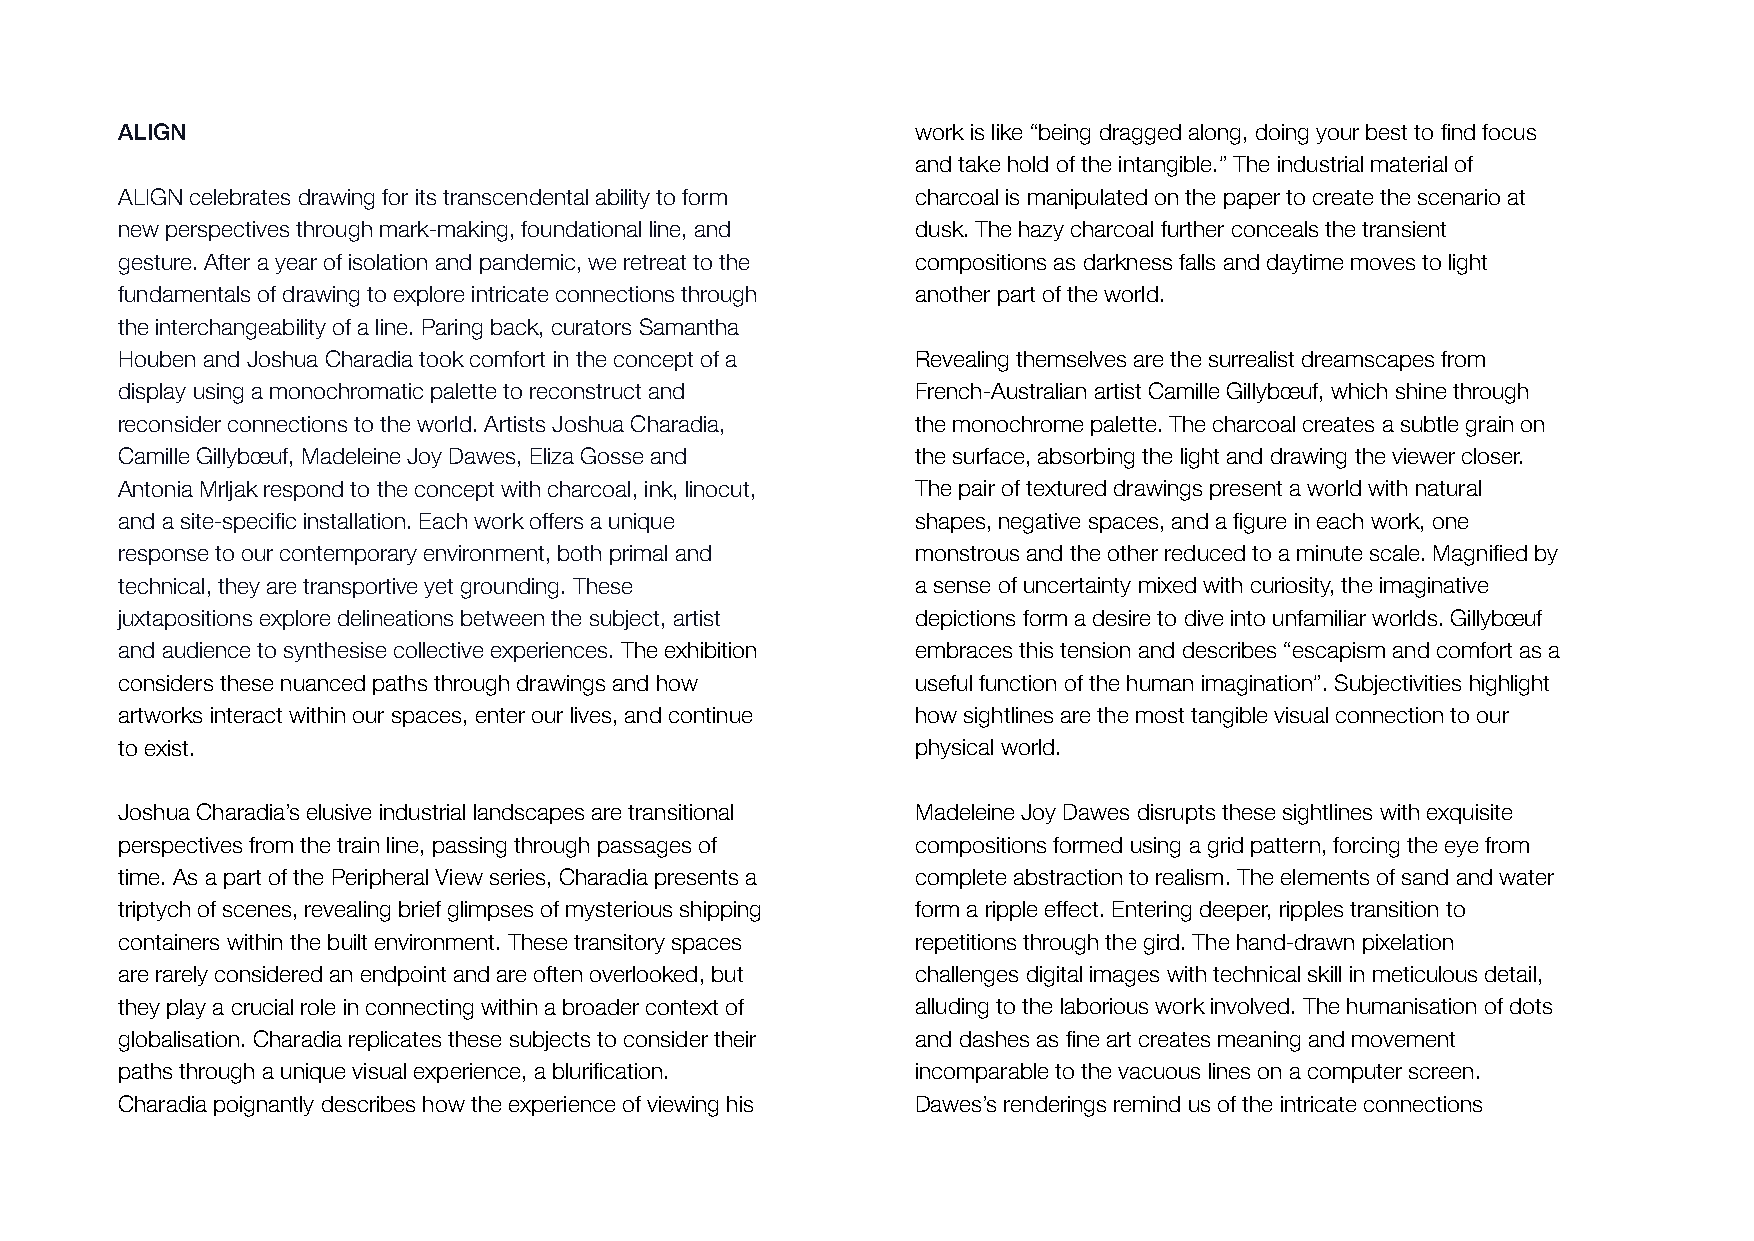
ALIGN                                                work is like “being dragged along, doing your best to find focus
 and take hold of the intangible.” The industrial material of
 ALIGN celebrates drawing for its transcendental ability to form charcoal is manipulated on the paper to create the scenario at
 new perspectives through mark-making, foundational line, and dusk. The hazy charcoal further conceals the transient
 gesture. After a year of isolation and pandemic, we retreat to the compositions as darkness falls and daytime moves to light
 fundamentals of drawing to explore intricate connections through another part of the world.
 the interchangeability of a line. Paring back, curators Samantha
 Houben and Joshua Charadia took comfort in the concept of a Revealing themselves are the surrealist dreamscapes from
 display using a monochromatic palette to reconstruct and French-Australian artist Camille Gillybœuf, which shine through
 reconsider connections to the world. Artists Joshua Charadia, the monochrome palette. The charcoal creates a subtle grain on
 Camille Gillybœuf, Madeleine Joy Dawes, Eliza Gosse and the surface, absorbing the light and drawing the viewer closer.
 Antonia Mrljak respond to the concept with charcoal, ink, linocut, The pair of textured drawings present a world with natural
 and a site-specific installation. Each work offers a unique shapes, negative spaces, and a figure in each work, one
 response to our contemporary environment, both primal and monstrous and the other reduced to a minute scale. Magnified by
 technical, they are transportive yet grounding. These a sense of uncertainty mixed with curiosity, the imaginative
 juxtapositions explore delineations between the subject, artist depictions form a desire to dive into unfamiliar worlds. Gillybœuf
 and audience to synthesise collective experiences. The exhibition embraces this tension and describes “escapism and comfort as a
 considers these nuanced paths through drawings and how useful function of the human imagination”. Subjectivities highlight
 artworks interact within our spaces, enter our lives, and continue how sightlines are the most tangible visual connection to our
 to exist.                                            physical world.
 Joshua Charadia’s elusive industrial landscapes are transitional Madeleine Joy Dawes disrupts these sightlines with exquisite
 perspectives from the train line, passing through passages of compositions formed using a grid pattern, forcing the eye from
 time. As a part of the Peripheral View series, Charadia presents a complete abstraction to realism. The elements of sand and water
 triptych of scenes, revealing brief glimpses of mysterious shipping form a ripple effect. Entering deeper, ripples transition to
 containers within the built environment. These transitory spaces repetitions through the gird. The hand-drawn pixelation
 are rarely considered an endpoint and are often overlooked, but challenges digital images with technical skill in meticulous detail,
 they play a crucial role in connecting within a broader context of alluding to the laborious work involved. The humanisation of dots
 globalisation. Charadia replicates these subjects to consider their and dashes as fine art creates meaning and movement
 paths through a unique visual experience, a blurification. incomparable to the vacuous lines on a computer screen.
 Charadia poignantly describes how the experience of viewing his Dawes’s renderings remind us of the intricate connections